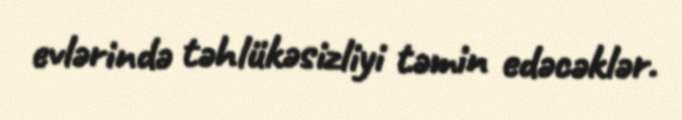
evlərində təhlükəsizliyi təmin edəcəklər.